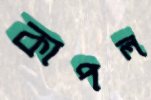
কাপল